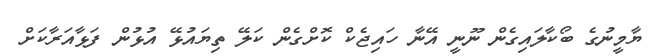
ޔާމީނުގެ ބޯކާލައިގެން ނޫނީ އޭނާ ހައިޖެކް ކޮށްގެން ކަލޭ ތިޔައުޅޭ އުޅުން ފަޅާއަރާކަށް